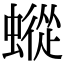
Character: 䗥